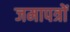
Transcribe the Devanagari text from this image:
जमापत्रों